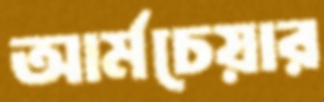
আর্মচেয়ার